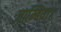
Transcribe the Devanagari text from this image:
ज़ाम्बिया।